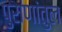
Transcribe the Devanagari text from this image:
पुराणांतुल